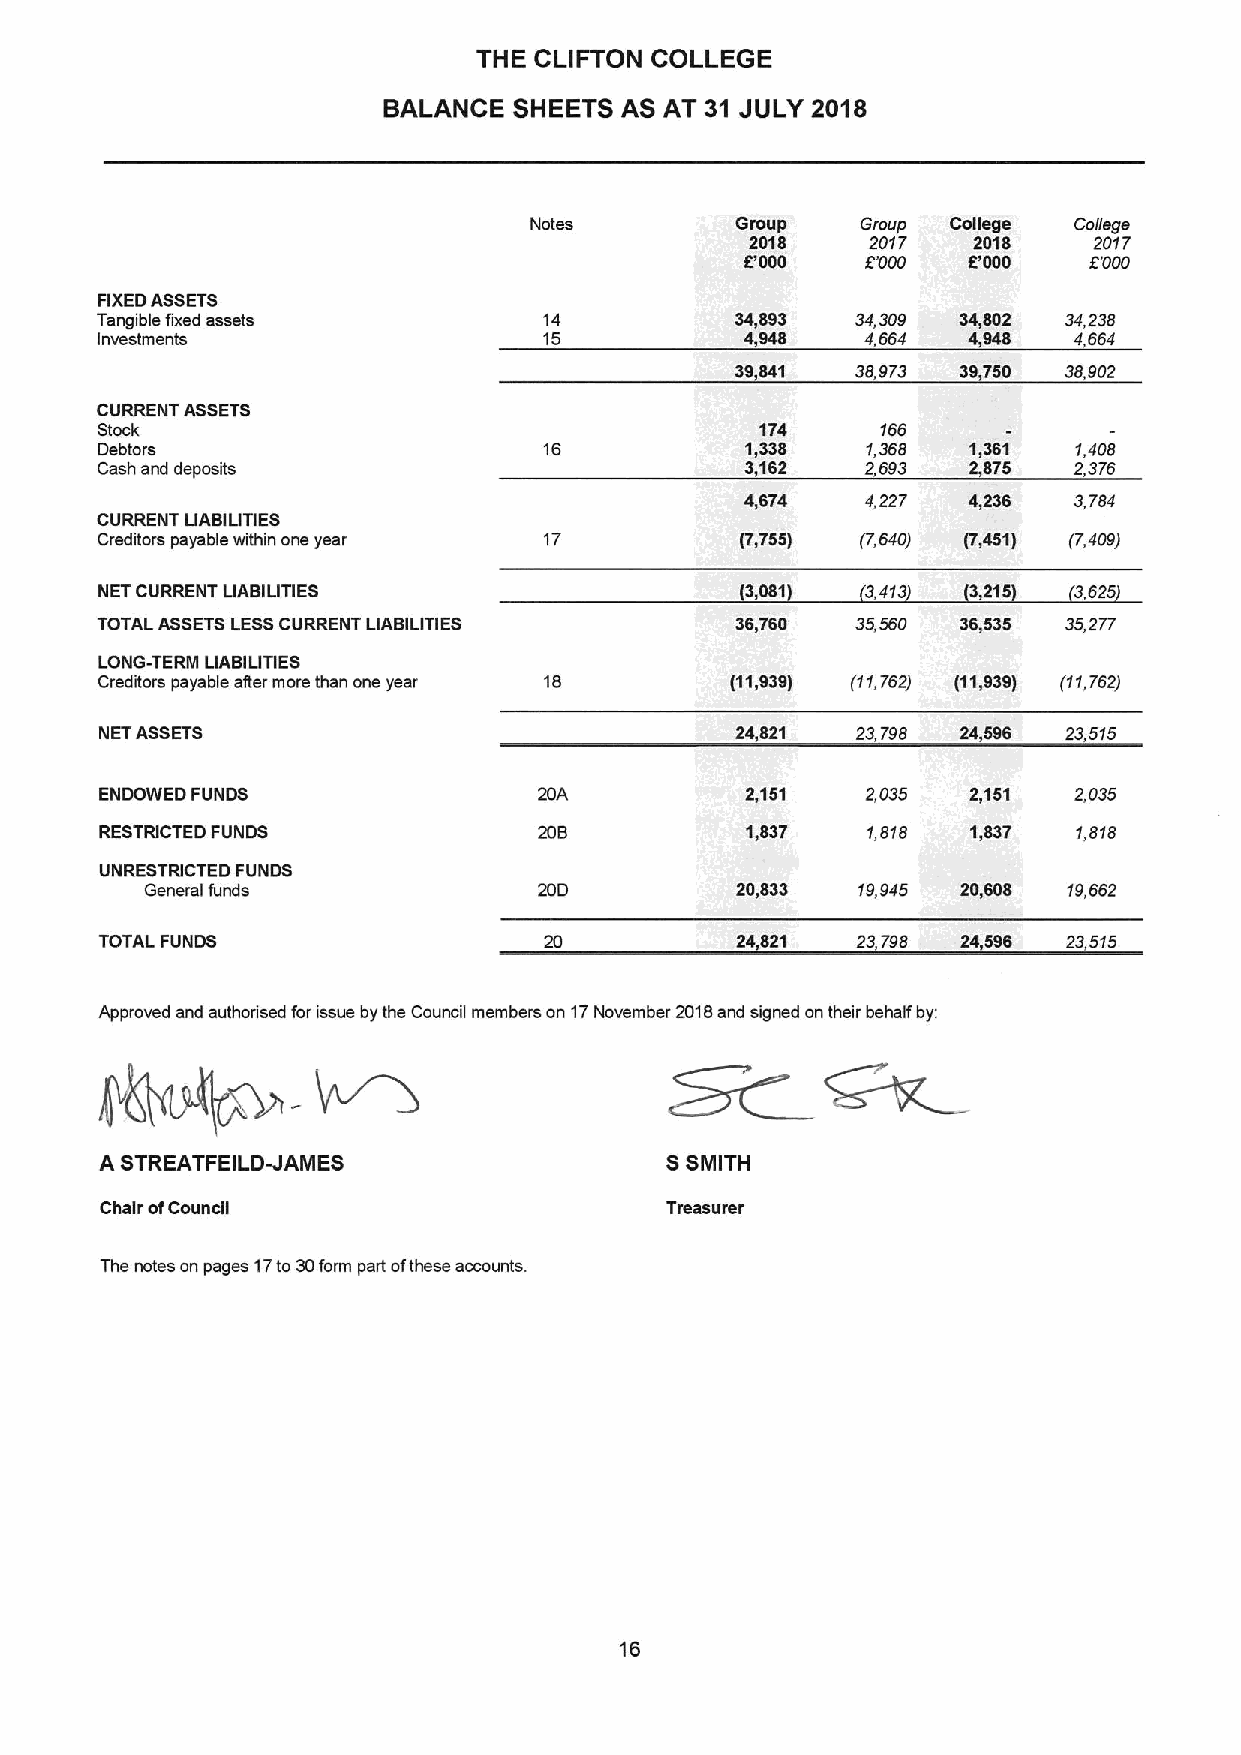
THE CLIFTON COLLEGE
 BALANCE  SHEETS AS AT 31 JULY 2018
 Notes         Group   Group College Co/lege
 2018    2017  2018    2017
 6'000   5'000  6'000   8'000
 FIXEDASSETS
 Tangible fixed assets         14           34,893  34,309 34,602 34,238
 Investments                   15           4,948   4664    948   4664
 39841   38973  39750 38902
 CURRENT ASSETS
 Stock                                       174     166
 Debtors                       16           1,338   1,368  1,361  1,408
 Cash and deposits                          3,162   2693   2875   2,376
 4,674   4,227  4,236  3,784
 CURRENT UABIUTIES
 Creditors payable within one year 17       IT,TSSI (7,S40) IT„451) (7,409)
 NET CURRENT UABIUTIES                     3,081   3,413  3,215  3625
 TOTAL ASSETSLESSCURRENT LIABILITIES        36,760  35,560 36,535 35,277
 LONG-TERM LIABIUTIES
 Creditors payable after more than one year 18 (11,939) (11,762) I11,939I (11,762)
 NETASSETS                                 24,821  23798  24,596 23515
 ENDOWED FUNDS                             2,151   2,035  2,151  2,035
 RESTRICTED FUNDS                          1,837   1,8IS  1,837  1,818
 UNRESTRICTED FUNDS
 General funds             20D          20,833  19,945 20,608 19,662
 TOTAL FUNDS                               24,821  23798  24,596 23515
 Approved and authorised for issue by the Council members on 17November 2018and signed ontheir behalf by:
 A STREATFEILD-JAMES                  SSMITH
 Chair ofCouncil                      Tmasurer
 The notes on pages 17to30form part ofthese accounts.
 16